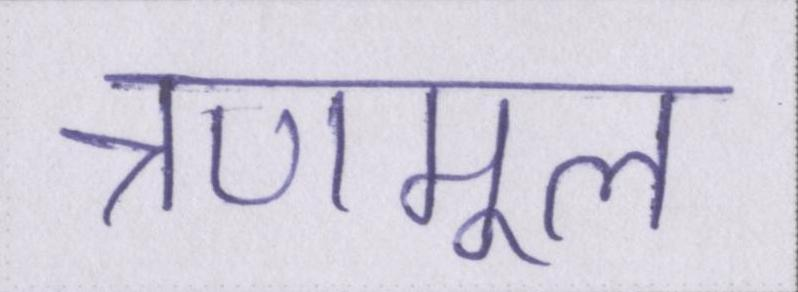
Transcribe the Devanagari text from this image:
त्रणमूल